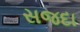
સજદા